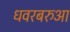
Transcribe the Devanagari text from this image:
धवरबरुआ